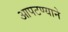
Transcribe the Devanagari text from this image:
आपटण्याने